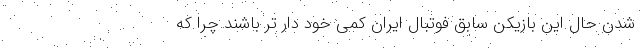
شدن حال این بازیکن سابق فوتبال ایران کمی خود دار تر باشند چرا که